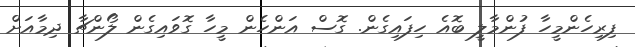
ފިރިހެންމީހާ ފުންމާލީ ބޮއެ ހިފައިގެން. ގޮސް އަންހެން މީހާ ގޮވައިގެން ލޯންޗާ ދިމާއަށް